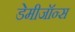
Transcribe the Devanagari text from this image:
डेमीजॉन्स